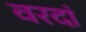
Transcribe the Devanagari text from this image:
वरदां